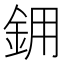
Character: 𬫉